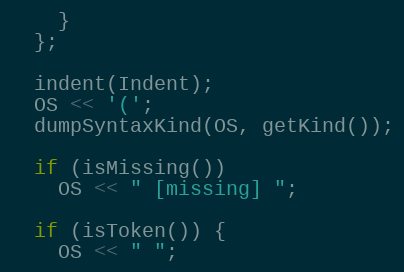
Language: C++
    }
  };

  indent(Indent);
  OS << '(';
  dumpSyntaxKind(OS, getKind());

  if (isMissing())
    OS << " [missing] ";

  if (isToken()) {
    OS << " ";